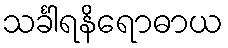
သင်္ခါရနိရောဓာယ